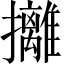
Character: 攡